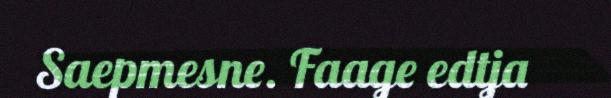
Saepmesne. Faage edtja